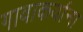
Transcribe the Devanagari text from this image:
गावाकर्याना